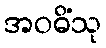
အဝဓိံသု